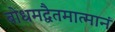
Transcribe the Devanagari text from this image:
बोधमद्वैतमात्मानं